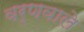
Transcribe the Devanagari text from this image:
वर्णवाले